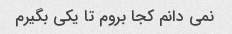
نمی دانم کجا بروم تا یکی بگیرم